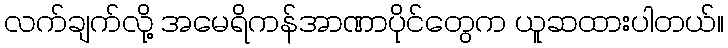
လက်ချက်လို့ အမေရိကန်အာဏာပိုင်တွေက ယူဆထားပါတယ်။